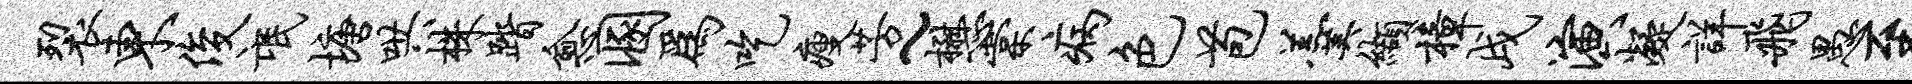
裂东俊氓塘哄株踏愈溷为吃瘦芳~懋棠病色苞羹缬樟戌演凝详飞愚至